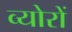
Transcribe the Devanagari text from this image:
व्योरों